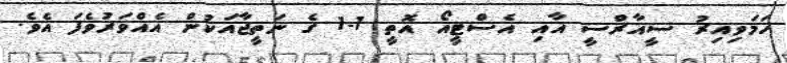
ހަމަވިއިރު ސީއާރްސީ އާއި އެސްޓީއޯ އޮތީ 1-1 ގެ ނަތީޖާއަކުން އެއްވަރުވެފަ އެވެ.